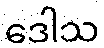
ဒေါသ